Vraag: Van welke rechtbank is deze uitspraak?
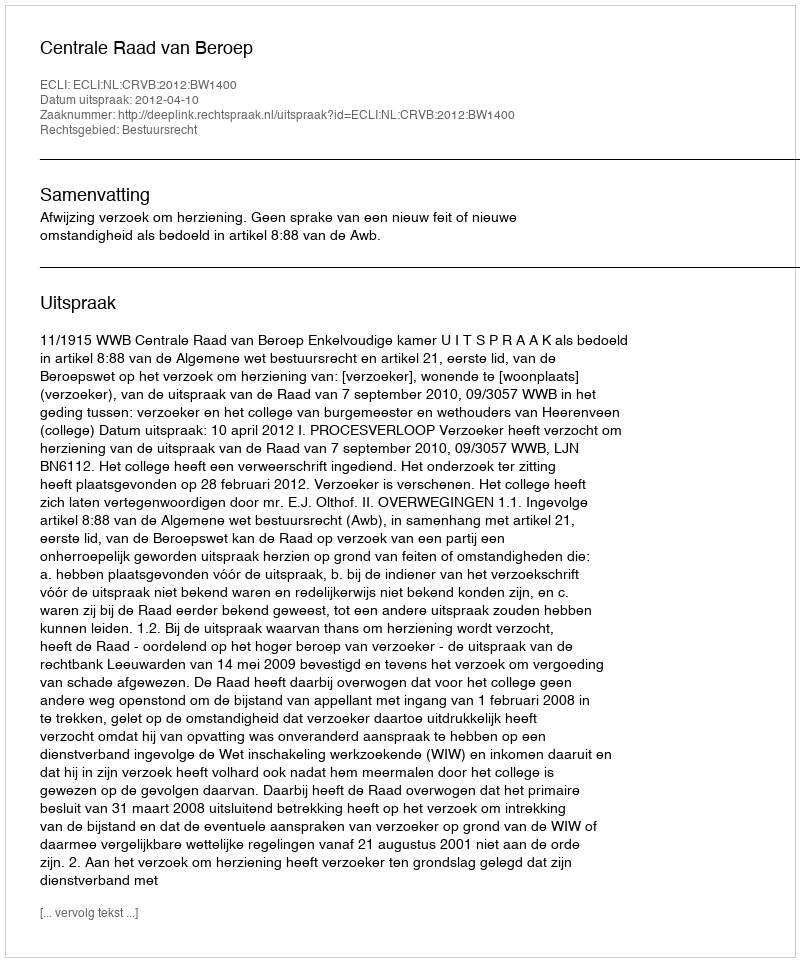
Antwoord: Centrale Raad van Beroep